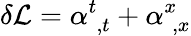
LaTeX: \delta{\cal L}=\alpha_{\; ,t}^{t}+\alpha_{\; ,x}^{x}